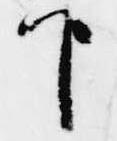
下